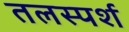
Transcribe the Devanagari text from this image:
तलस्पर्श